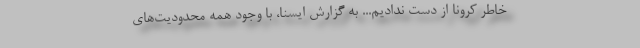
خاطر کرونا از دست ندادیم... به گزارش ایسنا، با وجود همه محدودیت‌های